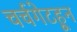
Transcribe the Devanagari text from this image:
चर्चगेटहून